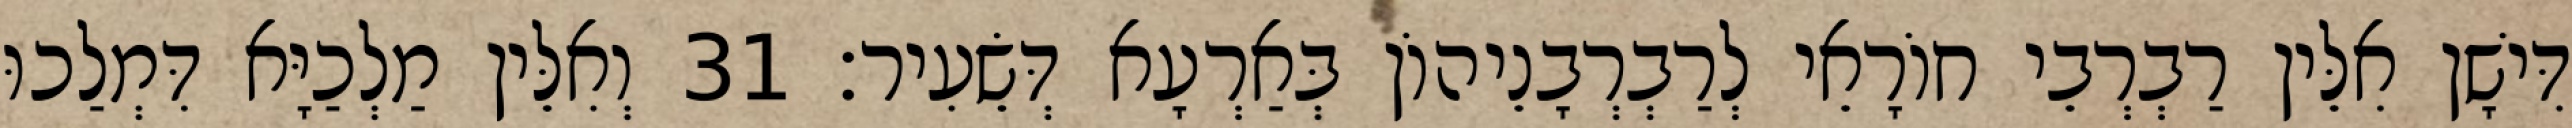
דִּישָׁן אִלֵּין רַבְרְבֵי חוֹרָאֵי לְרַבְרְבָנֵיהוֹן בְּאַרְעָא דְּשֵׂעִיר׃ 31 וְאִלֵּין מַלְכַיָּא דִּמְלַכוּ